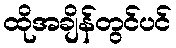
ထိုအချိန်တွင်ပင်